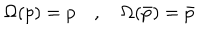
\Omega ( p ) = p \quad , \quad \Omega ( \bar { p } ) = \bar { p }